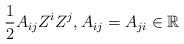
LaTeX: \begin{align*} \frac{1}{2}A_{ij}Z^iZ^j, A_{ij}=A_{ji}\in \mathbb{R}\end{align*}